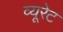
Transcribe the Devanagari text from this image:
व्यूरेट